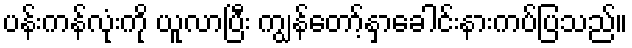
ပန်းကန်လုံးကို ယူလာပြီး ကျွန်တော့်နှာခေါင်းနားကပ်ပြသည်။